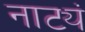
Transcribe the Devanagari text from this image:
नाट्यं